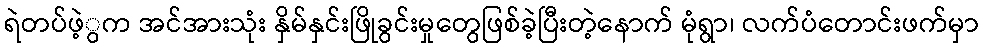
ရဲတပ်ဖဲ့ွက အင်အားသုံး နှိမ်နှင်းဖြိုခွင်းမှုတွေဖြစ်ခဲ့ပြီးတဲ့နောက် မုံရွာ၊ လက်ပံတောင်းဖက်မှာ